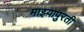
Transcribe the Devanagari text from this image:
माझ्यापुरती